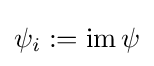
\psi _{i}:=\operatorname {im} \psi